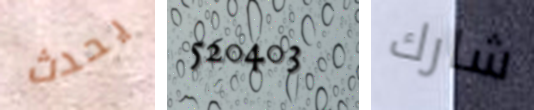
يحدث 520403 شارك